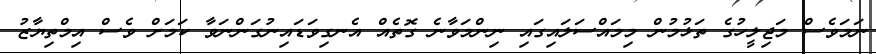
ނަމަވެސް މަޖިލީހުގެ ތަޅުމުން މިމައްސަލައިގައި ނިންމަވާނެ ގޮތެއް އެނގިވަޑައިނުގަންނަވާ ކަމަށް ވެސް އިމްތިޔާޒު